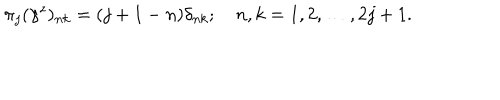
LaTeX: \pi _ { j } ( \gamma ^ { z } ) _ { n k } = ( j + 1 - n ) \delta _ { n k } ; \quad n , k = 1 , 2 , \ldots , 2 j + 1 .